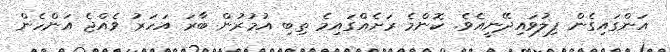
އަންގައިގެން ފިލުވައިދޭނީއެވެ. ކޮންމެ ރަށެއްގައިމެ ތިބި އުމުރުން ބާރަ އަހަރު ވެއްޖެ އަންހެން